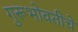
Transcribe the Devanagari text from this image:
गुरूभोवतीचे